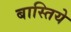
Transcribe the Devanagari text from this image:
बास्तिये